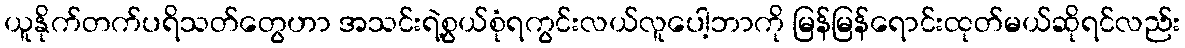
ယူနိုက်တက်ပရိသတ်တွေဟာ အသင်းရဲ့စွယ်စုံရကွင်းလယ်လူပေါ့ဘာကို မြန်မြန်ရောင်းထုတ်မယ်ဆိုရင်လည်း